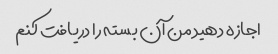
اجازه دهید من آن بسته را دریافت کنم